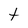
Character: t